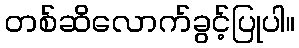
တစ်ဆိလောက်ခွင့်ပြုပါ။